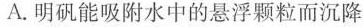
A.明矾能吸附水中的悬浮颗粒而沉降